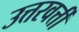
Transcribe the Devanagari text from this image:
उत्तरवर्त्ती